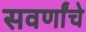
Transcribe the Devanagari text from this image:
सवर्णांचे